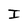
Character: I